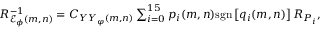
\begin{array} { r } { R _ { { \mathcal E } _ { \phi } ( m , n ) } ^ { - 1 } = C _ { Y Y _ { \varphi } ( m , n ) } \sum _ { i = 0 } ^ { 1 5 } p _ { i } ( m , n ) \mathrm { s g n } \left[ q _ { i } ( m , n ) \right] R _ { P _ { i } } , } \end{array}